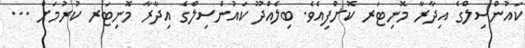
ކައުންސިލްގެ އިދާރާ މޮނިޓަރ ކޮށްފިއެވެ. ބިލެއްދޫ ކައުންސިލްގެ އިދާރާ މޮނިޓަރ ކުރުމަށް ...